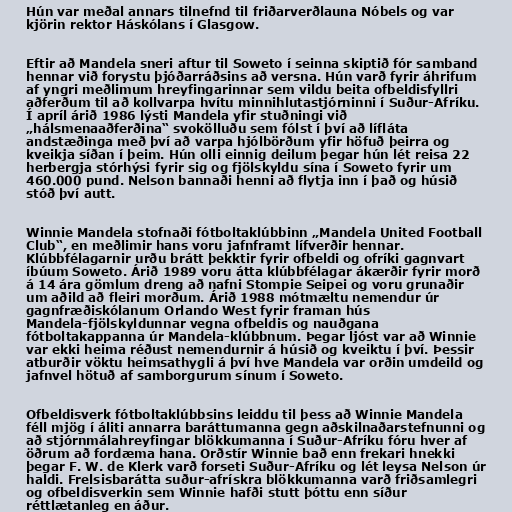
Hún var meðal annars tilnefnd til friðarverðlauna Nóbels og var
kjörin rektor Háskólans í Glasgow.

Eftir að Mandela sneri aftur til Soweto í seinna skiptið fór samband
hennar við forystu þjóðarráðsins að versna. Hún varð fyrir áhrifum
af yngri meðlimum hreyfingarinnar sem vildu beita ofbeldisfyllri
aðferðum til að kollvarpa hvítu minnihlutastjórninni í Suður-Afríku.
Í apríl árið 1986 lýsti Mandela yfir stuðningi við
„hálsmenaaðferðina“ svokölluðu sem fólst í því að lífláta
andstæðinga með því að varpa hjólbörðum yfir höfuð þeirra og
kveikja síðan í þeim. Hún olli einnig deilum þegar hún lét reisa 22
herbergja stórhýsi fyrir sig og fjölskyldu sína í Soweto fyrir um
460.000 pund. Nelson bannaði henni að flytja inn í það og húsið
stóð því autt.

Winnie Mandela stofnaði fótboltaklúbbinn „Mandela United Football
Club“, en meðlimir hans voru jafnframt lífverðir hennar.
Klúbbfélagarnir urðu brátt þekktir fyrir ofbeldi og ofríki gagnvart
íbúum Soweto. Árið 1989 voru átta klúbbfélagar ákærðir fyrir morð
á 14 ára gömlum dreng að nafni Stompie Seipei og voru grunaðir
um aðild að fleiri morðum. Árið 1988 mótmæltu nemendur úr
gagnfræðiskólanum Orlando West fyrir framan hús
Mandela-fjölskyldunnar vegna ofbeldis og nauðgana
fótboltakappanna úr Mandela-klúbbnum. Þegar ljóst var að Winnie
var ekki heima réðust nemendurnir á húsið og kveiktu í því. Þessir
atburðir vöktu heimsathygli á því hve Mandela var orðin umdeild og
jafnvel hötuð af samborgurum sínum í Soweto.

Ofbeldisverk fótboltaklúbbsins leiddu til þess að Winnie Mandela
féll mjög í áliti annarra baráttumanna gegn aðskilnaðarstefnunni og
að stjórnmálahreyfingar blökkumanna í Suður-Afríku fóru hver af
öðrum að fordæma hana. Orðstír Winnie bað enn frekari hnekki
þegar F. W. de Klerk varð forseti Suður-Afríku og lét leysa Nelson úr
haldi. Frelsisbarátta suður-afrískra blökkumanna varð friðsamlegri
og ofbeldisverkin sem Winnie hafði stutt þóttu enn síður
réttlætanleg en áður.